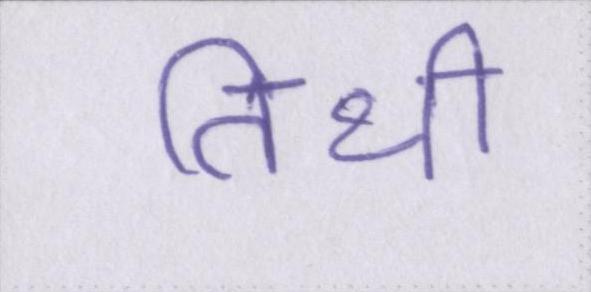
तिथी